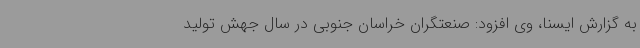
به گزارش ایسنا، وی افزود: صنعتگران خراسان جنوبی در سال جهش تولید